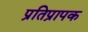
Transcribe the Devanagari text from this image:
प्रतिप्रापक